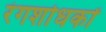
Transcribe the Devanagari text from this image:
रंगशोधकों